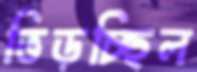
ভিড়চ্ছিল